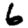
Digit: 6